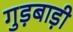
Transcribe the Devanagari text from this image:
गुड़बाड़ी